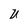
Character: U